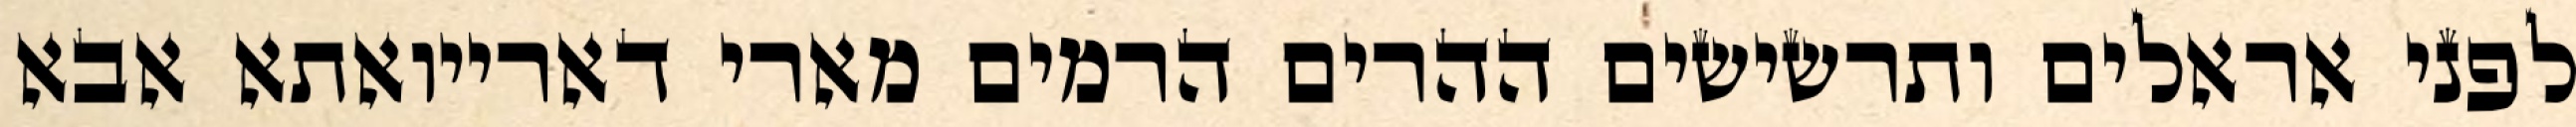
לפני אראלים ותרשישים ההרים הרמים מארי דארייואתא אבא